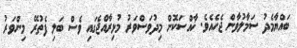
ބައްޔާމެދު ސަމާލުވާން ޖެހެއެވެ. ޚާއްސަކޮށް މިދުވަސްވަރު މުޅިރާއްޖެގައި ވެސް ބަލި ފެތުރޭ މިންވަރު